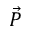
\vec { P }